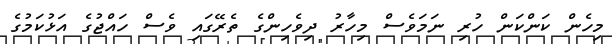
މިހެން ކަންކަން ހުރި ނަމަވެސް މިހާރު ދިވެހިންގެ ތެރޭގައި ވެސް ހައްޖުގެ އަޅުކަމުގެ